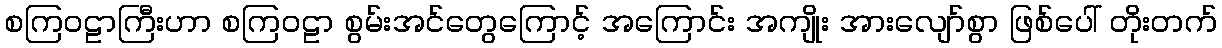
စကြဝဠာကြီးဟာ စကြဝဠာ စွမ်းအင်တွေကြောင့် အကြောင်း အကျိုး အားလျော်စွာ ဖြစ်ပေါ် တိုးတက်